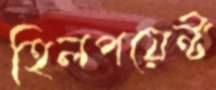
হিলপয়েন্ট